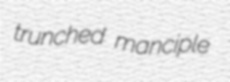
trunched manciple